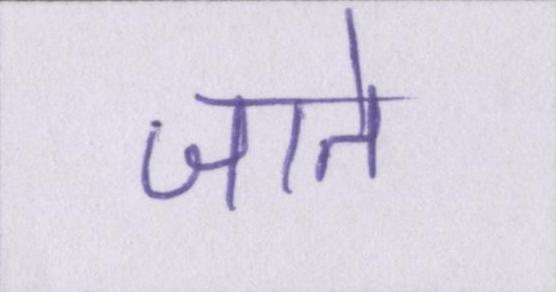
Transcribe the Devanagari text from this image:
जाते